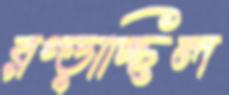
রগ্‌ড়াচ্ছিল